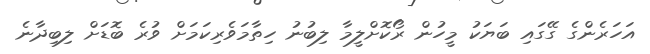
އަހަރެންގެ ގޭގައި ބަޔަކު މީހުން ރޯކޮށްލީމާ ލިބުނު ހިތާމަވެރިކަމަށް ވުރެ ބޮޑަށް ލިބިދާނެ